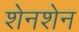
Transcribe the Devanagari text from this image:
शेनशेन